Report on sanitation, dispensaries, and jails in Rajputana for 1914, and on vaccination for the year 1914-1915 - 1914-1915
Year: 1914
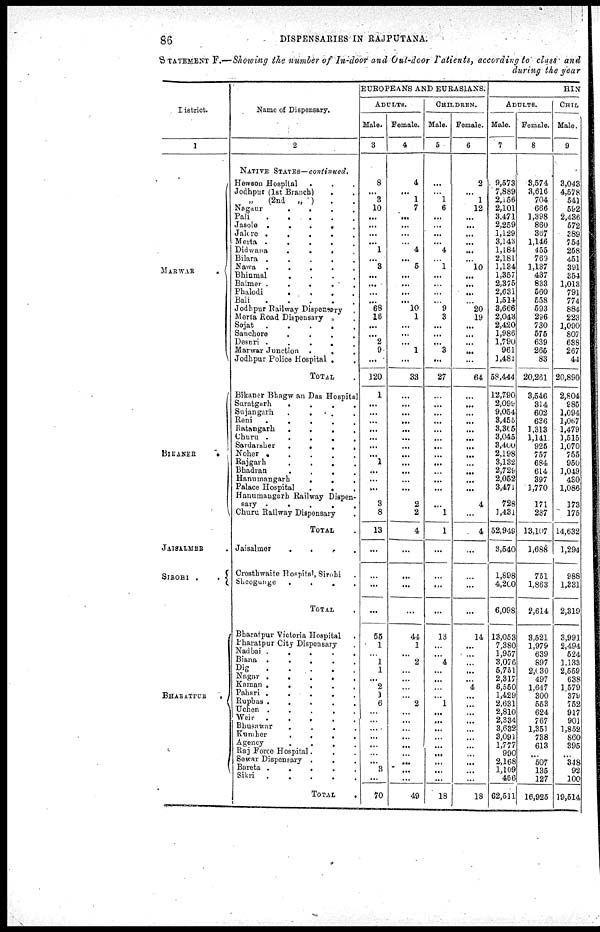
86
DISPENSARIES IN RAJPUTANA.
STATEMENT F.—Showing the number of In-door and Out-door Patients, according to class and
during the year
District.
1
MARWAR.
BIKANER
.
JAISALMER .
SIROHI .
.
BHARATPUR
.
Name of Dispensary.
2
NATIVE STATES—continued.
Hewson Hospital
. . .
Jodhpur (1st Branch) . .
„ (2nd
„ ) . .
Nagaur
.
.
.
.
Pali
.
.
.
.
.
Jasole .
.
.
.
.
Jalore .
.
.
.
.
Merta .
.
.
.
.
Didwana
.
.
.
.
Bilara .
.
.
.
.
Nawa .
.
.
.
.
Bhinmal
. . . .
Balmer .
.
.
.
.
Phalodi
.
.
.
.
Bali
.
.
.
.
.
Jodhpur Railway Dispensary .
Merta Road Dispensary . .
Sojat
.
.
.
.
.
Sanchore
.
.
.
.
Desuri .
.
.
.
.
Marwar Junction
.
. .
Jodhpur Police Hospital .
.
TOTAL .
Bikaner Bhagwan Das Hospital
Suratgarh
.
.
.
.
Sujangarh
.
.
. .
Reni
.
.
.
.
.
Ratangarh
.
.
.
.
Churu . . . . .
Sardarsher
.
.
.
.
Noher . . . .
Rajgarh
.
.
.
.
Bhadran
.
.
.
.
Hanumangarh
.
. .
Palace Hospital
.
. .
Hanumangarh Railway Dispen-
sary .
.
.
.
.
Churu Railway Dispensary .
TOTAL .
Jaisalmer
.
.
. .
Crosthwaite Hospital, Sirohi .
Sheogunge
.
.
.
.
TOTAL .
Bharatpur Victoria Hospital .
Bharatpur City Dispensary .
Nadbai .
.
.
.
.
Biana .
.
.
. .
Dig
.
.
.
.
.
Nagar .
.
.
.
.
Kaman .
.
.
.
.
Pahari .
.
.
.
.
Rupbas .
.
.
.
.
Uchen .
.
.
.
.
Weir
.
.
.
.
.
Bhusawar . . . .
Kumher
.
.
. .
Agency
.
.
. .
Raj Force Hospital. . .
Sewar Dispensary . . .
Bareta .
.
.
. .
Sikri
.
.
.
. .
TOTAL
EUROPEANS AND EURASIANS.
ADULTS.
Male.
3
8
...
3
10
...
...
...
...
1
... 3
...
...
...
... 68
16
...
...
2
9
...
120
1
...
...
...
...
...
...
...
1
...
...
...
9
8
13
...
...
...
...
55
1
...
1
1
...
2
1
6
...
...
...
...
...
...
... 3
...
70
Female.
4
4
...
1
7
...
...
...
...
4
... 5
...
...
...
... 10
1
...
...
...
1
...
33
...
...
...
...
...
...
...
...
...
...
...
...
2
2
4
...
...
...
...
44
1
...
2
...
...
...
...
2
...
...
...
...
...
...
...
...
...
49
CHILDREN.
Male.
5
...
...
1
6
...
...
...
...
4
...
1
...
...
...
...
9
3
...
...
...
3
...
27
...
...
...
...
...
...
...
...
...
...
...
...
...
1
1
...
...
...
...
13
...
...
4
...
...
...
...
1
...
...
...
...
...
...
...
...
...
18
Female.
6
2
...
1
12
...
...
...
...
...
... 10
...
...
...
...
20
19
...
...
...
...
...
64
...
...
...
...
...
...
...
...
...
...
...
...
4
...
4
...
...
...
...
14
...
...
...
...
...
4
...
...
...
...
...
...
...
...
...
...
...
18
HIN
ADULTS.
Male.
7
9,573
7,889
2,156
2,101
3,471
2,259
1,129
3,143
1,184
2,181
1,134
1,357
2,375
2,631
1,514
3,666
2,043
2,420
1,986
1,790
961
1,481
58,444
12,790
2,099
9,054
3,455
3,365
3,045
3,400
2,198
3,132
2,729
2,052
3,471
728
1,431
52,949
3,540
1,898
4,200
6,098
13,053
7,380
1,957
3,076
5,751
2,317
6,550
1,429
2,631
2,810
2,334
3,632
3,091
1,777
990
2,168
1,109
4566
62,511
Female.
8
3,574
3,616
704
666
1,398
860
367
1,146
455
769
1,137
437
833
560
558
593
296
730
575
639
265
83
20,261
3,546
314
602
626
1,313
1,141
925
757
684
614
397
1,770
171
237
13,107
1,688
751
1,863
2,614
3,521
1,979
639
897
2,030
497
1,647
300
553
624
767
1,351
738
613
...
507
135
127
16,925
CHIL
Male.
9
3,043
4,578
541
592
2,436
572
389
754
258
451
391
354
1,013
791
774
884
223
1,090
807
638
267
44
20,890
2,804
985
1,094
1,067
1,479
1,515
1,070
755
950
1,049
430
1,086
173
175
14,632
1,294
988
1,331
2,319
3,991
2,494
524
1,133
2,559
638
1,579
379
752
917
901
1,852
860
395
...
348
92
100
19,514